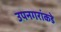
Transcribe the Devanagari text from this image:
उपनगरांकडे